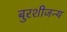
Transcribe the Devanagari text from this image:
बुरशीजन्य